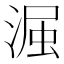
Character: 𮳋